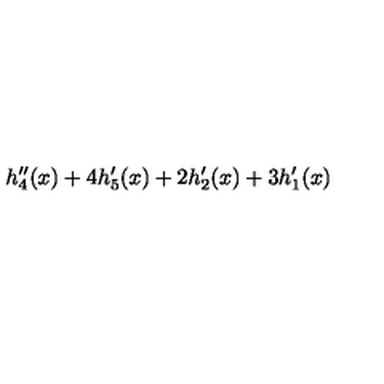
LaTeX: h _ { 4 } ^ { \prime \prime } ( x ) + 4 h _ { 5 } ^ { \prime } ( x ) + 2 h _ { 2 } ^ { \prime } ( x ) + 3 h _ { 1 } ^ { \prime } ( x )